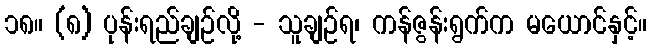
၁၈။ (၈) ပုန်းရည်ချဉ်လို့ - သူချဉ်ရ၊ ကန်ဇွန်းရွက်က မယောင်နှင့်။